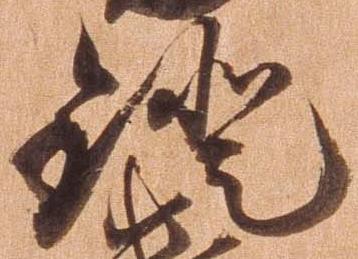
鐙